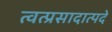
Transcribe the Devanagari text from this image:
त्वत्प्रसादात्पदे